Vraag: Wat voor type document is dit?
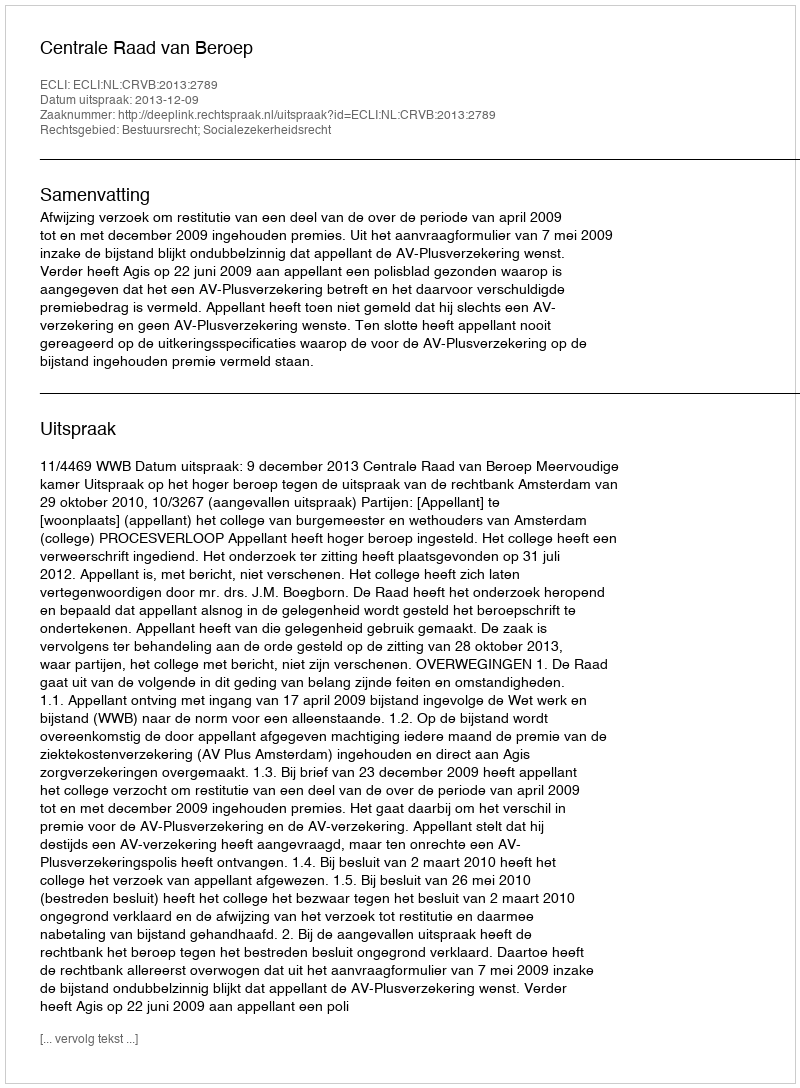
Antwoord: Uitspraak